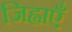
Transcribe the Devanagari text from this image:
जिह्वाएँ